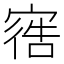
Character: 𫳩